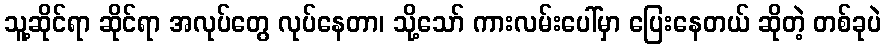
သူ့ဆိုင်ရာ ဆိုင်ရာ အလုပ်တွေ လုပ်နေတာ၊ သို့သော် ကားလမ်းပေါ်မှာ ပြေးနေတယ် ဆိုတဲ့ တစ်ခုပဲ